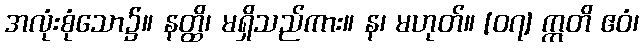
အလုံးစုံသော၌။ နတ္ထိ၊ မရှိသည်ကား။ န၊ မဟုတ်။ [၀၇] ဣတိ ဧဝံ၊